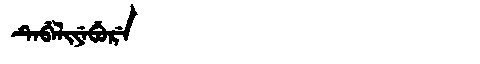
Manchu: ᡨᡝᠪᡝᠯᡳᠶᡝᠪᡠᡵᡝ
Romanization: TEBELIYEBURE